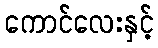
ကောင်လေးနှင့်